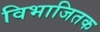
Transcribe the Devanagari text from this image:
विभाजितक